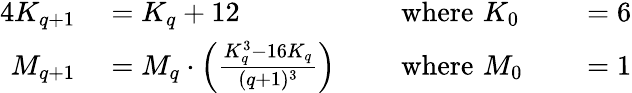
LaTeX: \begin{array}{rlrlrl}{{4}K_{q+1}}&{{}=K_{q}+12\, \, }&{}&{{}{\textrm{where}}\, \, K_{0}}&{}&{{}=6}\\ {M_{q+1}}&{{}=M_{q}\cdot\left({\frac{K_{q}^{3}-16K_{q}}{(q+1)^{3}}}\right)\, \, }&{}&{{}{\textrm{where}}\, \, M_{0}}&{}&{{}=1}\end{array}